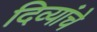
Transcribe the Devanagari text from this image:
दिव्यांचे